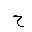
Letter: _ha